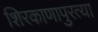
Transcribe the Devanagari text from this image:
शिरकाणापुरत्या